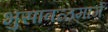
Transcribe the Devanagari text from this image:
भुसावळमार्गे